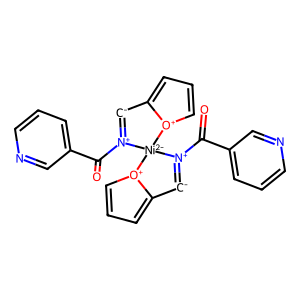
SMILES: O=C(c1cccnc1)[N+]1=[C-]c2ccc[o+]2[Ni-2]12[N+](C(=O)c1cccnc1)=[C-]c1ccc[o+]12
Inhibits HIV replication: No